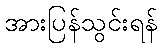
အားပြန်သွင်းရန်